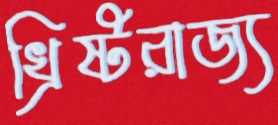
খ্রিষ্টরাজ্য